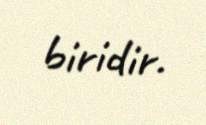
biridir.